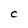
Character: C